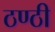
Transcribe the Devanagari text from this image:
ठण्ठी